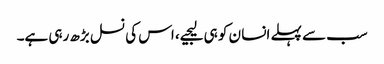
سب سے پہلے انسا ن کو ہی لیجیے، اس کی نسل بڑھ رہی ہے۔